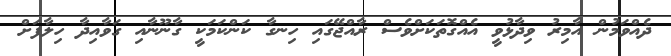
ދެއްވަމުން އާމިރު ވިދާޅުވީ އެއްގޮތަކަށްވެސް ރާއްޖޭގައި ހިނގާ ކަންކަމަކީ ގާނޫނާއި ގަވާއިދާ ހިލާފަށް